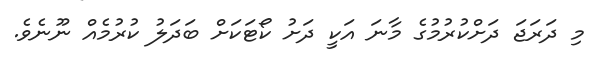
މި ދަރަޖަ ދަށްކުރުމުގެ މާނަ އަކީ ދަށު ކޯޓަކަށް ބަދަލު ކުރުމެއް ނޫނެވެ.